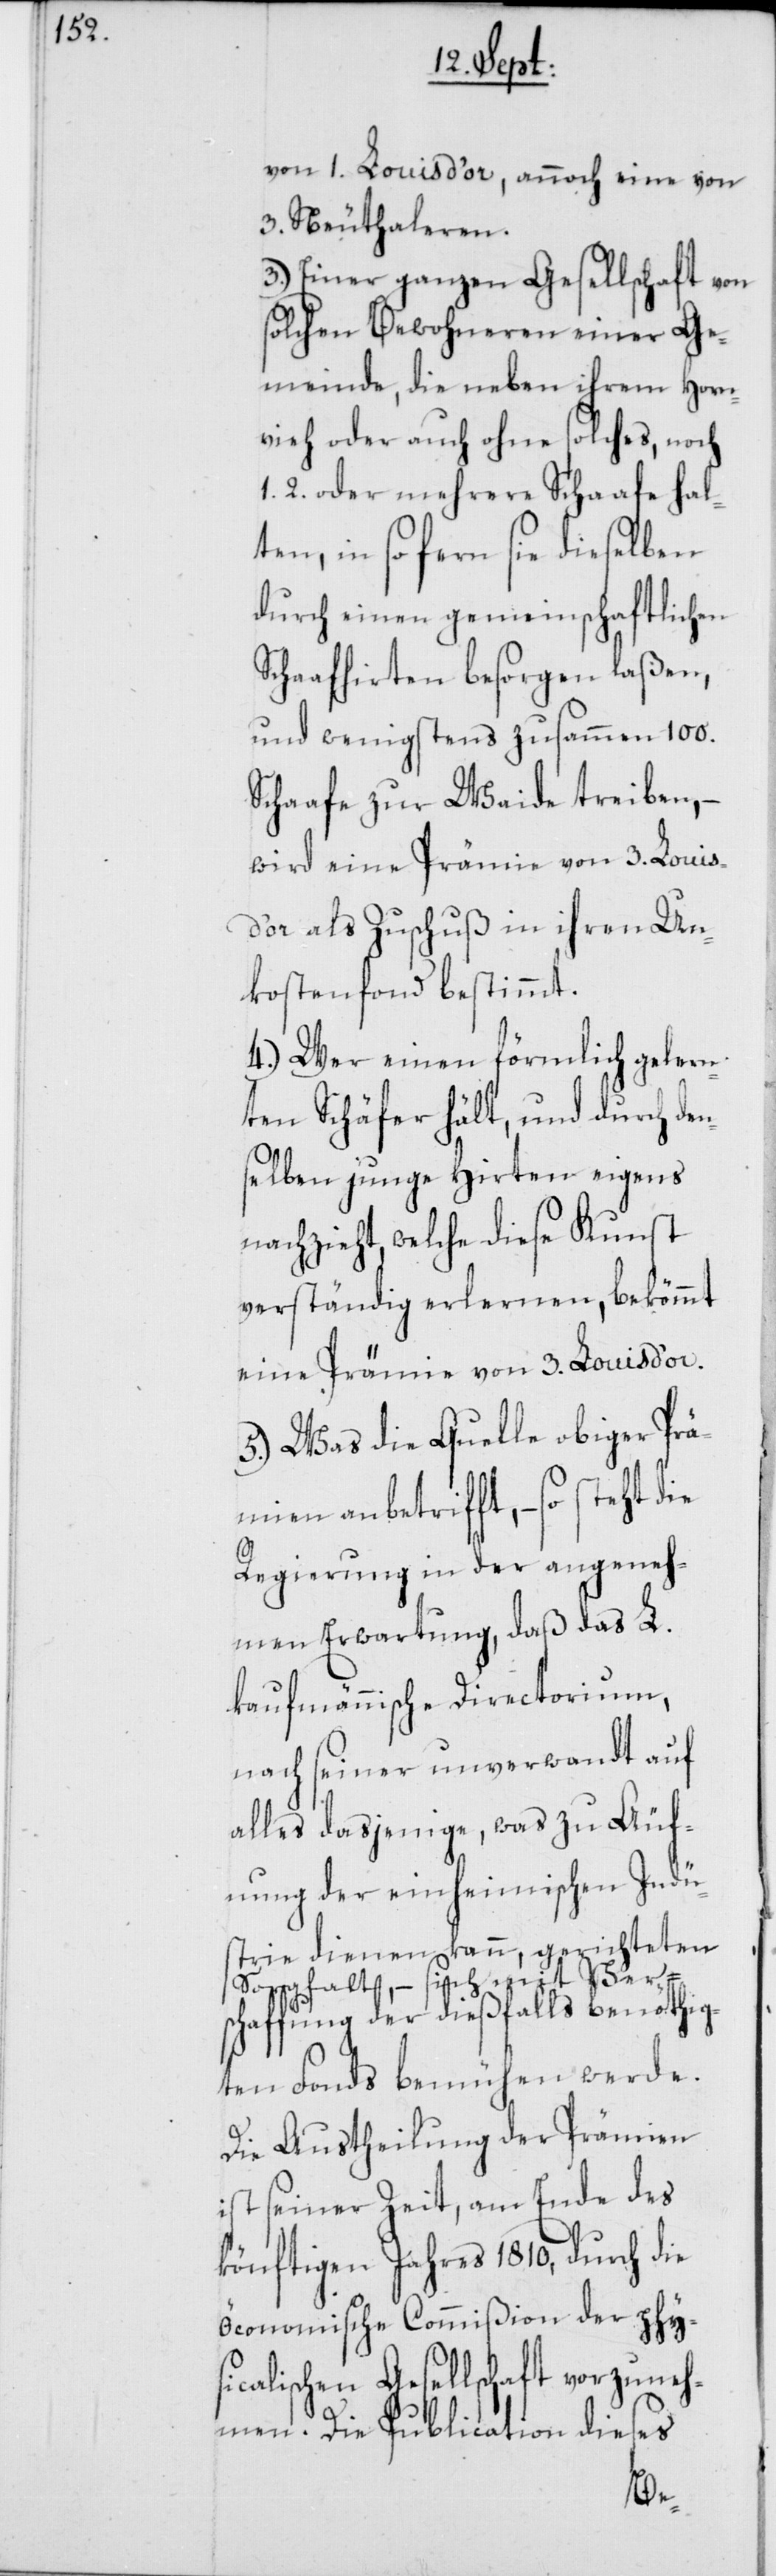
von 1. Louis d’or, annoch eine von
3. Neuthaleren.
3.) Einer ganzen Gesellschaft von
solchen Bewohneren einer Ge¬
meinde, die neben ihrem Horn¬
vieh oder auch ohne solches, noch
2. oder mehrere Schaafe hal¬
ten, in so fern sie dieselben
durch einen gemeinschaftlichen
Schaafhirten besorgen laßen,
und wenigstens zusammen 100.
Schaafe zur Waide treiben, –
r als Zuschuß in ihren Un¬
kostenfonds bestimmt.
4.) Wer einen förmlich gelern¬
ten Schäfer hält, und durch den¬
selben junge Hirten eigens
nachzieht, welche diese Kunst
verständig erlernen, bekömmt
eine Prämie von 3. Louis d’or.
5.) Was die Quelle obiger Prä¬
mien anbetrifft, – so steht die
Regierung in der angeneh¬
men Erwartung, daß das L.
kaufmännische Directorium,
nach seiner unverwandt auf
alles dasjenige, was zu Äuf¬
nung der einheimischen Indü¬
strie dienen kann, gerichteten
Sorgfalt, – sich mit Ver¬
schaffung der dießfalls benöthig¬
ten Fonds bemühen werde.
Die Austheilung der Prämien
ist seiner Zeit, am Ende des
könftigen Jahres 1810, durch die
öconomische Commißion der phys¬
icalischen Gesellschaft vorzuneh¬
men. Die Publication dieses